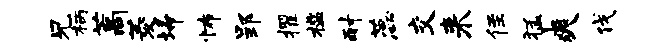
兄柄藁菱埽怖郢擢槛耐蕊交来侄猛爽伐